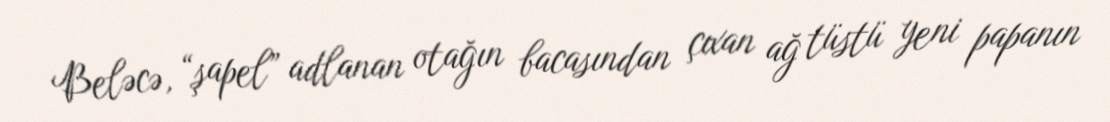
Beləcə, “şapel” adlanan otağın bacasından çıxan ağ tüstü yeni papanın